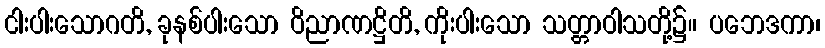
ငါးပါးသောဂတိ, ခုနစ်ပါးသော ဝိညာဏဋ္ဌိတိ, ကိုးပါးသော သတ္တာဝါသတို့၌။ ပဘေဒကာ၊